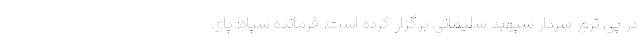
در پی ترور سردار سپهبد سلیمانی برگزار کرده است. فرمانده سپاه: پای